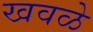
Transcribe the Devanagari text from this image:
खवळे